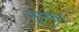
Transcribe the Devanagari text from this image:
मुम्का